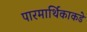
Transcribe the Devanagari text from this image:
पारमार्थिकाकडे